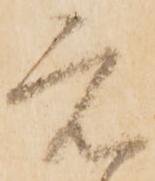
元